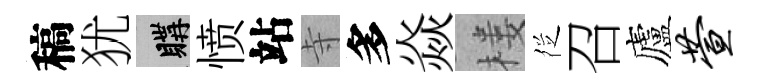
稿犹購愤站寺多焱楼徔召廬萱